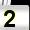
Digit: 2